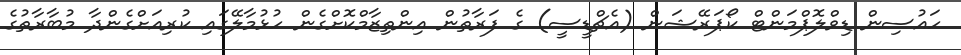
ހައުސިން ޑިވްލޮޕްމަންޓް ކޯޕަރޭޝަން (އެޗްޑީސީ) ގެ ފަރާތުން އިންތިޒާމްކޮށްގެން ހުޅުމާލޭގައި ކުރިއަށްގެންދާ މުބާރާތުގެ